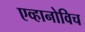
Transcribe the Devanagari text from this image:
एव्हानोविच